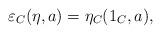
LaTeX: \begin{align*}\varepsilon_C(\eta , a) = \eta_C(1_C,a),\end{align*}